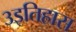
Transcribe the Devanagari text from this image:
३इतिहास